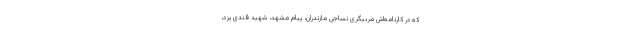
که در کارنامه‌اش مربیگری نساجی مازندران، پیام مشهد، شهید قندی یزد،